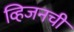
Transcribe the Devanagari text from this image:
व्हिजनची